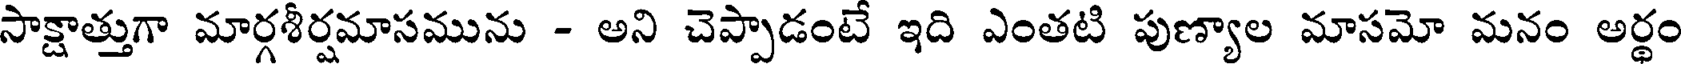
సాక్షాత్తుగా మార్గశీర్షమాసమును - అని చెప్పాడంటే ఇది ఎంతటి పుణ్యాల మాసమో మనం అర్థం